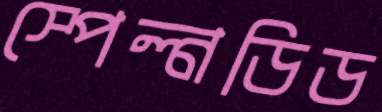
স্পেল্নডিড